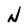
Character: N